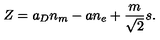
Z = a _ { D } n _ { m } - a n _ { e } + { \frac { m } { \sqrt { 2 } } } s .